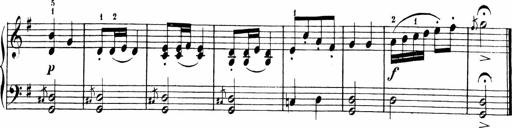
Title: 6 Liedersonatinen
Composer: Carl Reinecke